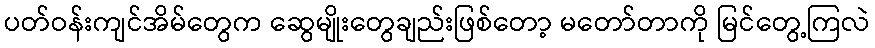
ပတ်ဝန်းကျင်အိမ်တွေက ဆွေမျိုးတွေချည်းဖြစ်တော့ မတော်တာကို မြင်တွေ့ကြလဲ